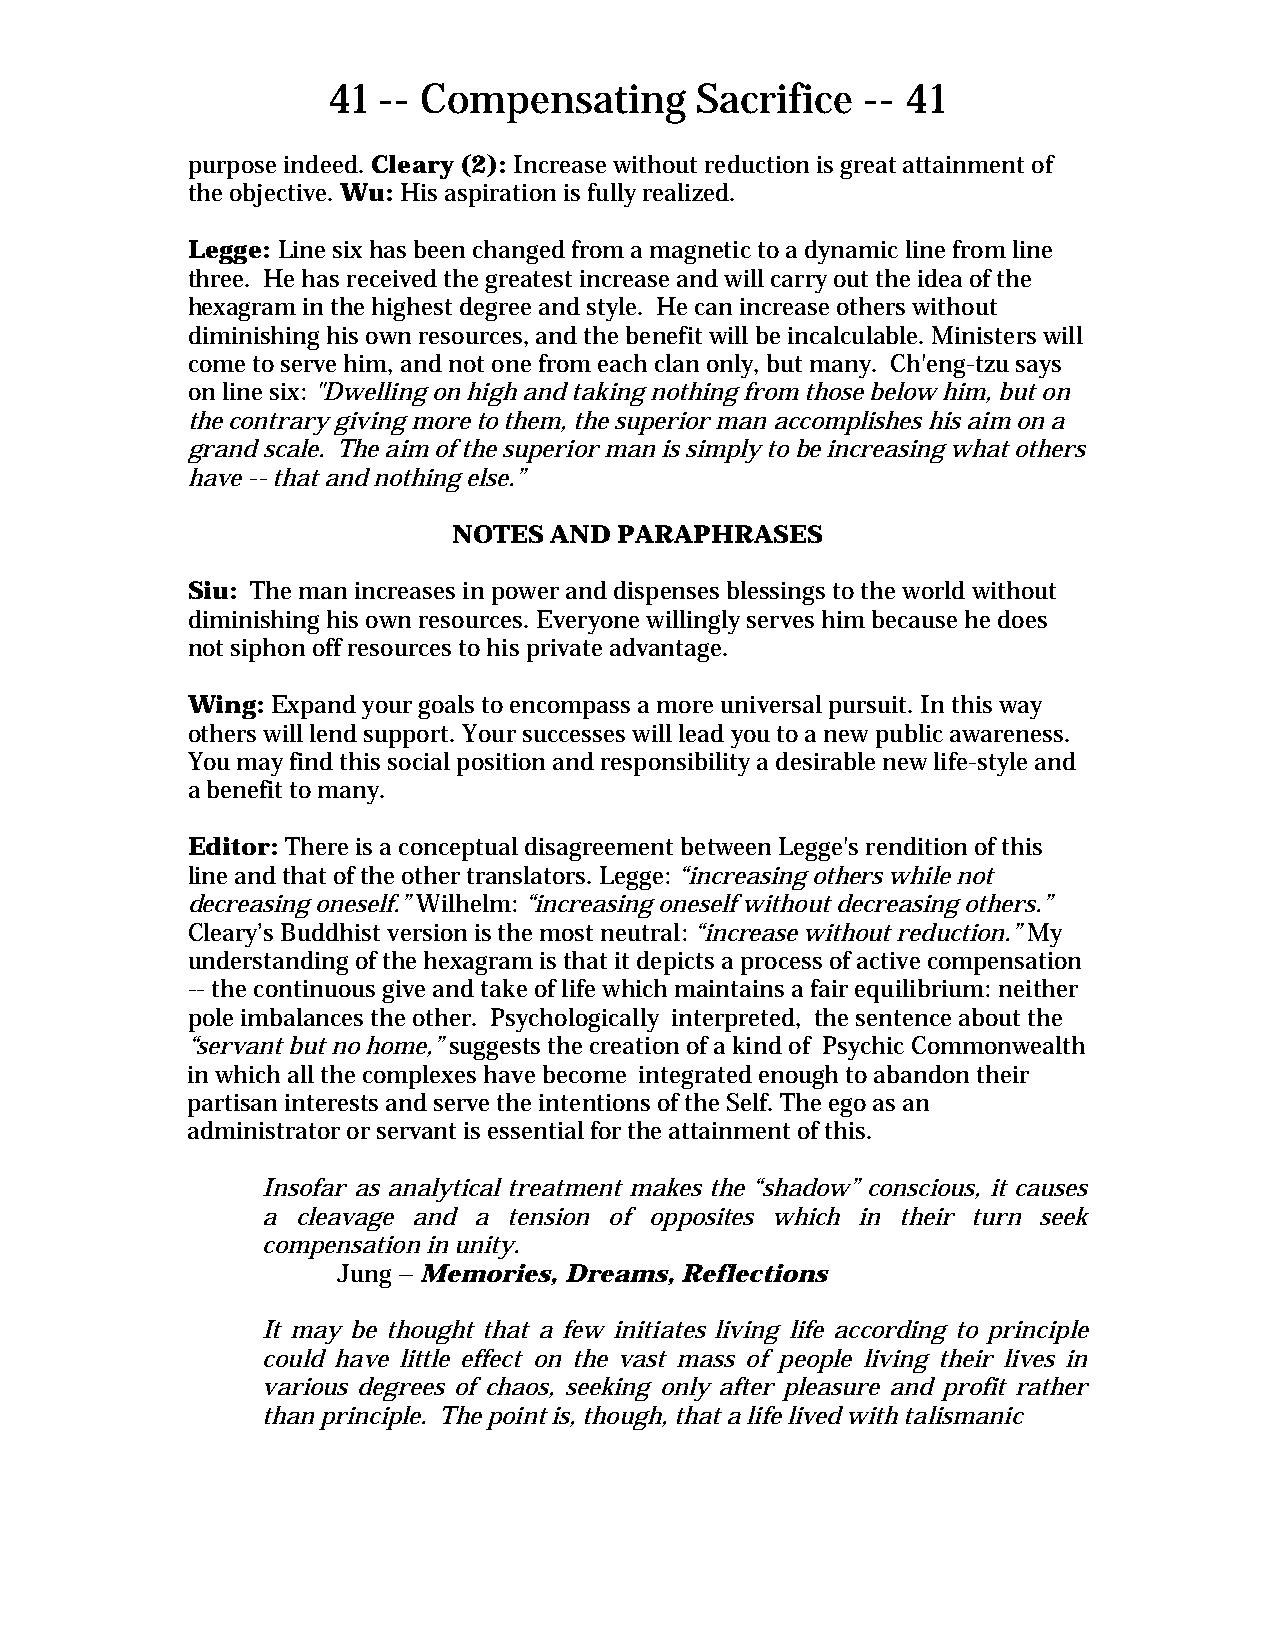
41 -- Compensating      Sacrifice  -- 41
 purpose indeed. Cleary (2): Increase without reduction is great attainment of
 the objective. Wu: His aspiration is fully realized.
 Legge: Line six has been changed from a magnetic to a dynamic line from line
 three. He has received the greatest increase and will carry out the idea of the
 hexagram in the highest degree and style. He can increase others without
 diminishing his own resources, and the benefit will be incalculable. Ministers will
 come to serve him, and not one from each clan only, but many. Ch'eng-tzu says
 on line six: "Dwelling on high and taking nothing from those below him, but on
 the contrary giving more to them, the superior man accomplishes his aim on a
 grand scale. The aim of the superior man is simply to be increasing what others
 have -- that and nothing else.”
 NOTES AND  PARAPHRASES
 Siu: The man increases in power and dispenses blessings to the world without
 diminishing his own resources. Everyone willingly serves him because he does
 not siphon off resources to his private advantage.
 Wing: Expand your goals to encompass a more universal pursuit. In this way
 others will lend support. Your successes will lead you to a new public awareness.
 You may find this social position and responsibility a desirable new life-style and
 a benefit to many.
 Editor: There is a conceptual disagreement between Legge's rendition of this
 line and that of the other translators. Legge: “increasing others while not
 decreasing oneself.” Wilhelm: “increasing oneself without decreasing others.”
 Cleary’s Buddhist version is the most neutral: “increase without reduction.” My
 understanding of the hexagram is that it depicts a process of active compensation
 -- the continuous give and take of life which maintains a fair equilibrium: neither
 pole imbalances the other. Psychologically interpreted, the sentence about the
 “servant but no home,” suggests the creation of a kind of Psychic Commonwealth
 in which all the complexes have become integrated enough to abandon their
 partisan interests and serve the intentions of the Self. The ego as an
 administrator or servant is essential for the attainment of this.
 Insofar as analytical treatment makes the “shadow” conscious, it causes
 a  cleavage and a tension of opposites which in their turn seek
 compensation in unity.
 Jung – Memories, Dreams, Reflections
 It may be thought that a few initiates living life according to principle
 could have little effect on the vast mass of people living their lives in
 various degrees of chaos, seeking only after pleasure and profit rather
 than principle. The point is, though, that a life lived with talismanic